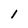
Character: 1